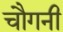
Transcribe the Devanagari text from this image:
चौगनी